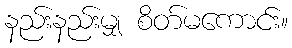
နည်းနည်းမျှ စိတ်မကောင်း။